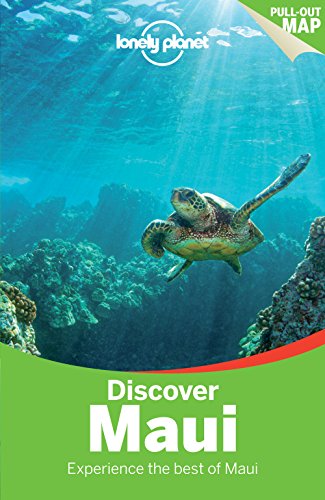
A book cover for Lonely Planet Discover Maui (Travel Guide); Lonely Planet; Travel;